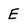
Character: E